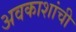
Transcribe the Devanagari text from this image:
अवकाशांची